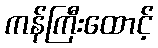
ကန်ကြီးထောင့်